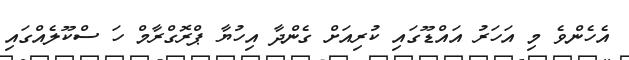
އެހެންވެ މި އަހަރު އައްޑޫގައި ކުރިއަށް ގެންދާ އިހުޔާ ޕްރޮގްރާމް ހަ ސްކޫލެއްގައި